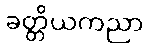
ခတ္တိယကညာ